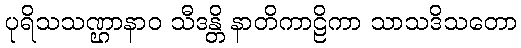
ပုရိသသဏ္ဌာနာဝ သီဒန္တိ နာတိကာဠိကာ သာသဒိသတော